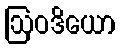
ဩဝဒိယော